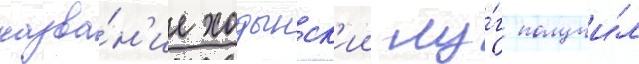
назва́н'ие ходынск'ии лу́г получи́л